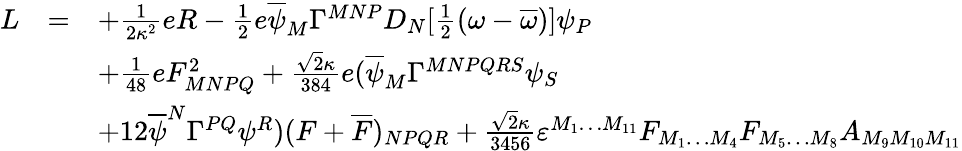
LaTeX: {\begin{array}{rcl}{L}&{=}&{+{\frac{1}{2\kappa^{2}}}eR-{\frac{1}{2}}e{\overline{{\psi}}}_{M}\Gamma^{MNP}D_{N}[{\frac{1}{2}}(\omega-{\overline{{\omega}}})]\psi_{P}}\\ &&{+{\frac{1}{48}}eF_{MNPQ}^{2}+{\frac{{\sqrt{2}}\kappa}{384}}e({\overline{{\psi}}}_{M}\Gamma^{MNPQRS}\psi_{S}}\\ &&{+12{\overline{{\psi}}}^{N}\Gamma^{PQ}\psi^{R})(F+{\overline{{F}}})_{NPQR}+{\frac{{\sqrt{2}}\kappa}{3456}}\varepsilon^{M_{1}\dots M_{11}}F_{M_{1}\dots M_{4}}F_{M_{5}\dots M_{8}}A_{M_{9}M_{10}M_{11}}}\end{array}}